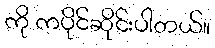
ကို ကပိုင်ဆိုင်းပါတယ်။